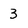
Character: 3